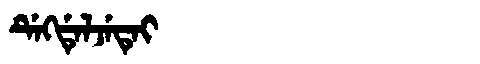
Manchu: ᡩᡝᡴᡩᡝᠯᠵᡝᡨᡝᡳ
Romanization: DEKDELJETEI